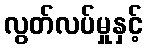
လွတ်လပ်မှုနှင့်